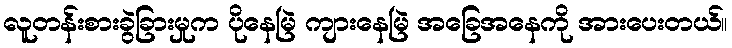
လူတန်းစားခွဲခြားမှုက ပိုနေမြဲ ကျားနေမြဲ အခြေအနေကို အားပေးတယ်။